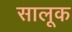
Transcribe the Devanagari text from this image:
सालूक